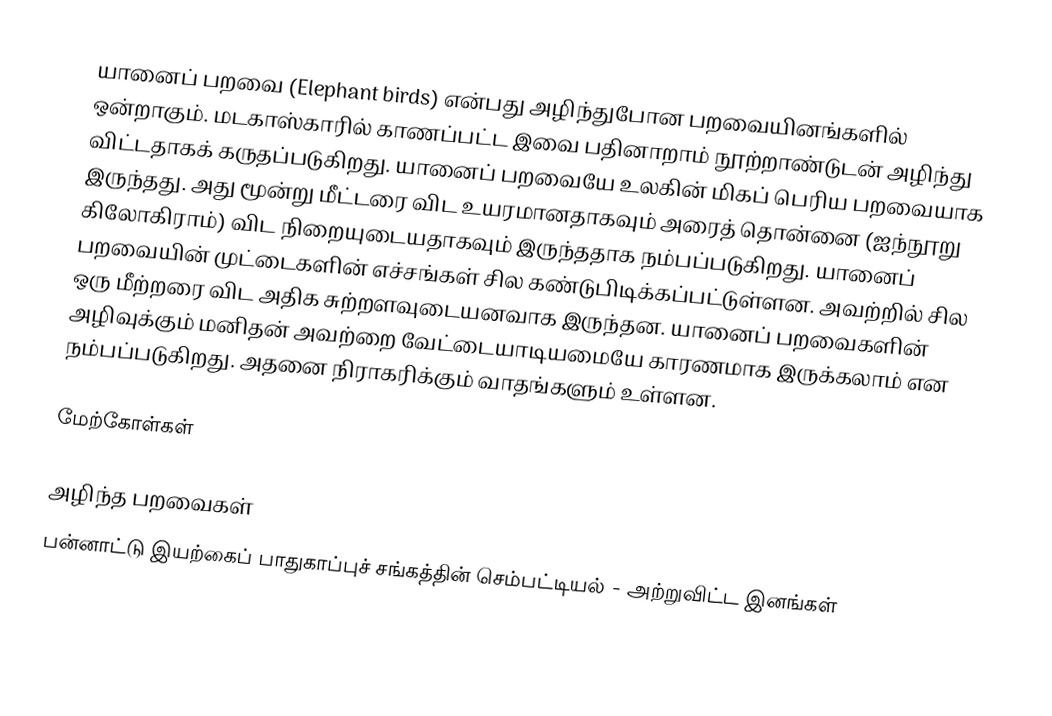
யானைப் பறவை (Elephant birds) என்பது அழிந்துபோன பறவையினங்களில் ஒன்றாகும். மடகாஸ்காரில் காணப்பட்ட இவை பதினாறாம் நூற்றாண்டுடன் அழிந்து விட்டதாகக் கருதப்படுகிறது. யானைப் பறவையே உலகின் மிகப் பெரிய பறவையாக இருந்தது. அது மூன்று மீட்டரை விட உயரமானதாகவும் அரைத் தொன்னை (ஐந்நூறு கிலோகிராம்) விட நிறையுடையதாகவும் இருந்ததாக நம்பப்படுகிறது. யானைப் பறவையின் முட்டைகளின் எச்சங்கள் சில கண்டுபிடிக்கப்பட்டுள்ளன. அவற்றில் சில ஒரு மீற்றரை விட அதிக சுற்றளவுடையனவாக இருந்தன. யானைப் பறவைகளின் அழிவுக்கும் மனிதன் அவற்றை வேட்டையாடியமையே காரணமாக இருக்கலாம் என நம்பப்படுகிறது. அதனை நிராகரிக்கும் வாதங்களும் உள்ளன.

மேற்கோள்கள்

அழிந்த பறவைகள்
பன்னாட்டு இயற்கைப் பாதுகாப்புச் சங்கத்தின் செம்பட்டியல் - அற்றுவிட்ட இனங்கள்